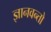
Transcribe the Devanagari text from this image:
ज्ञानवन्तो